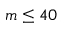
m \leq 4 0